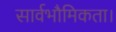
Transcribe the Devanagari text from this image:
सार्वभौमिकता।